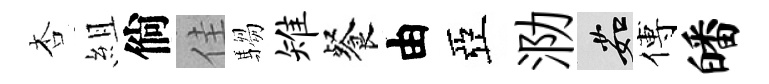
杏組倘佳騶雉餐由亞泐茹傅皤